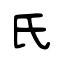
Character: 氏